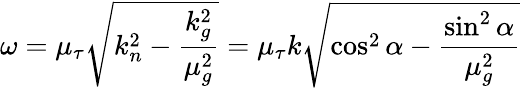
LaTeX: \omega=\mu_{\tau}{\sqrt{k_{n}^{2}-{\frac{k_{g}^{2}}{\mu_{g}^{2}}}}}=\mu_{\tau}k{\sqrt{\cos^{2}\alpha-{\frac{\sin^{2}\alpha}{\mu_{g}^{2}}}}}